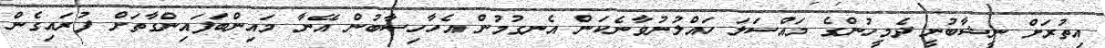
އިތުރަށް ނީޝާބުނީ ދެމީހުންގެ މައްސަލަ ހައްލުނުވާނެކަން އެނގުމުން އެހާހިސާބުން އޭނާ މައިންބަފައިންގާތަށް ފުރައިގެން